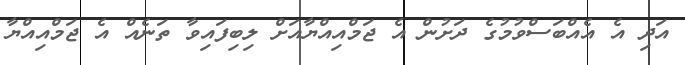
އަދި އެ އެއްބަސްވުމުގެ ދަށުން އެ ޖަމްއިއްޔާއަށް ލިބިފައިވާ ތަނެއް އެ ޖަމްއިއްޔާ